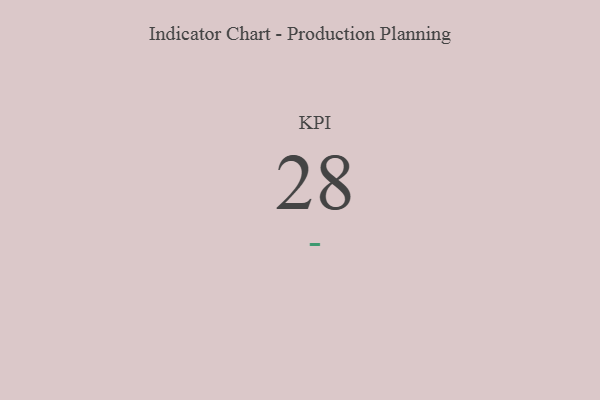
{"axis": {"x": "KPI", "y": "Value"}, "legend": [""], "data": [{"x": "KPI", "y": 28, "type": ""}]}